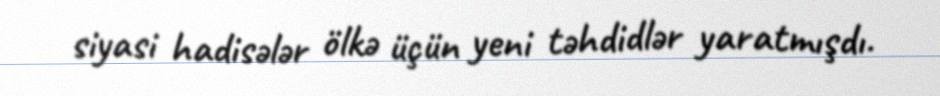
siyasi hadisələr ölkə üçün yeni təhdidlər yaratmışdı.